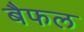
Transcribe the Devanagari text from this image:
बैफल